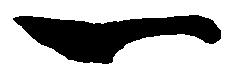
一